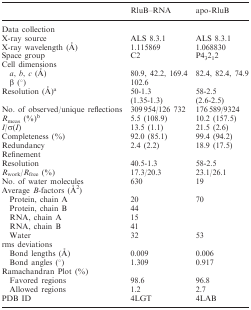
<table><thead><tr><td></td><td><b>RluB–RNA</b></td><td><b>apo-RluB</b></td></tr></thead><tbody><tr><td>Data collection</td><td></td><td></td></tr><tr><td>X-ray source</td><td>ALS 8.3.1</td><td>ALS 8.3.1</td></tr><tr><td>X-ray wavelength (Å)</td><td>1.115869</td><td>1.068830</td></tr><tr><td>Space group</td><td>C2</td><td>P4<sub>3</sub>2<sub>1</sub>2</td></tr><tr><td>Cell dimensions</td><td></td><td></td></tr><tr><td><i> a</i>, <i>b</i>, <i>c</i> (Å)</td><td>80.9, 42.2, 169.4</td><td>82.4, 82.4, 74.9</td></tr><tr><td>β (°)</td><td>102.6</td><td></td></tr><tr><td rowspan="2">Resolution (Å)<sup>a</sup></td><td>50-1.3</td><td>58-2.5</td></tr><tr><td>(1.35-1.3)</td><td>(2.6-2.5)</td></tr><tr><td>No. of observed/unique reflections</td><td>309 954/126 732</td><td>176 589/9324</td></tr><tr><td><i>R</i><sub>meas</sub> (%)<sup>b</sup></td><td>5.5 (108.9)</td><td>10.2 (157.5)</td></tr><tr><td><i>I</i>/σ(<i>I</i>)</td><td>13.5 (1.1)</td><td>21.5 (2.6)</td></tr><tr><td>Completeness (%)</td><td>92.0 (85.1)</td><td>99.4 (94.2)</td></tr><tr><td>Redundancy</td><td>2.4 (2.2)</td><td>18.9 (17.5)</td></tr><tr><td>Refinement</td><td></td><td></td></tr><tr><td>Resolution</td><td>40.5-1.3</td><td>58-2.5</td></tr><tr><td><i>R</i><sub>work</sub>/<i>R</i><sub>free</sub> (%)</td><td>17.3/20.3</td><td>23.1/26.1</td></tr><tr><td>No. of water molecules</td><td>630</td><td>19</td></tr><tr><td>Average <i>B</i>-factors (Å<sup>2</sup>)</td><td></td><td></td></tr><tr><td>Protein, chain A</td><td>20</td><td>70</td></tr><tr><td>Protein, chain B</td><td>44</td><td></td></tr><tr><td>RNA, chain A</td><td>15</td><td></td></tr><tr><td>RNA, chain B</td><td>41</td><td></td></tr><tr><td>Water</td><td>32</td><td>53</td></tr><tr><td>rms deviations</td><td></td><td></td></tr><tr><td>Bond lengths (Å)</td><td>0.009</td><td>0.006</td></tr><tr><td>Bond angles (°)</td><td>1.309</td><td>0.917</td></tr><tr><td>Ramachandran Plot (%)</td><td></td><td></td></tr><tr><td>Favored regions</td><td>98.6</td><td>96.8</td></tr><tr><td>Allowed regions</td><td>1.2</td><td>2.7</td></tr><tr><td>PDB ID</td><td>4LGT</td><td>4LAB</td></tr></tbody></table>